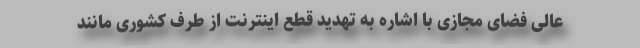
عالی فضای مجازی با اشاره به تهدید قطع اینترنت از طرف کشوری مانند